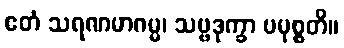
ဧတံ သရဏမာဂမ္မ၊ သဗ္ဗဒုက္ခာ ပမုစ္စတိ။